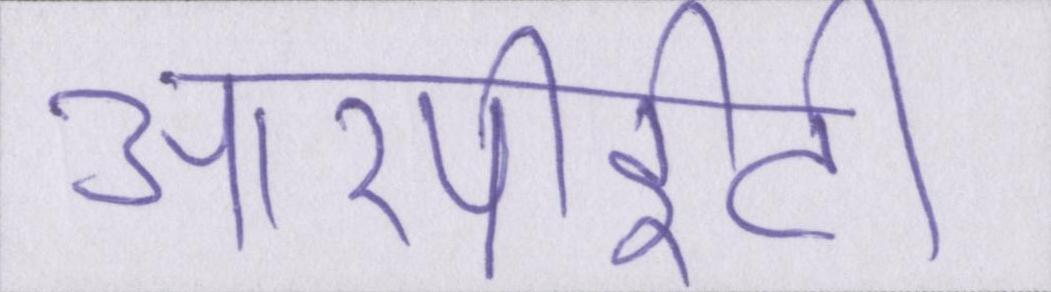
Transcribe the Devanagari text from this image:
आरपीईटी